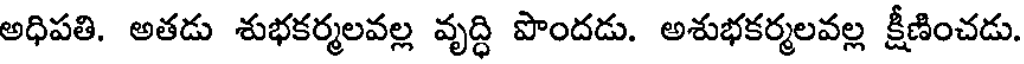
అధిపతి. అతడు శుభకర్మలవల్ల వృద్ధి పొందడు. అశుభకర్మలవల్ల క్షీణించడు.